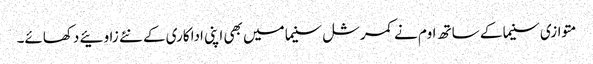
متوازی سنیما کے ساتھ اوم نے کمرشل سنیما میں بھی اپنی اداکاری کے نئے زاوئیے دکھائے۔